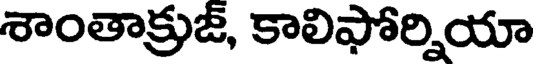
శాంతాక్రుజ్, కాలిఫోర్నియా